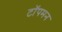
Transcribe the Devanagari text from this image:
टॉपमन